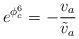
LaTeX: \begin{align*}e^{\phi^6_c}=-{v_a\over\tilde v_a}\end{align*}